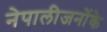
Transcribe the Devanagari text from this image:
नेपालीजनोंके